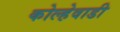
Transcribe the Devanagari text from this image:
कोल्हेवाडी